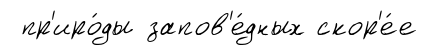
пр'иро́ды запов'е́дных скор'е́е